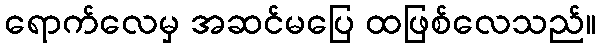
ရောက်လေမှ အဆင်မပြေ ထဖြစ်လေသည်။